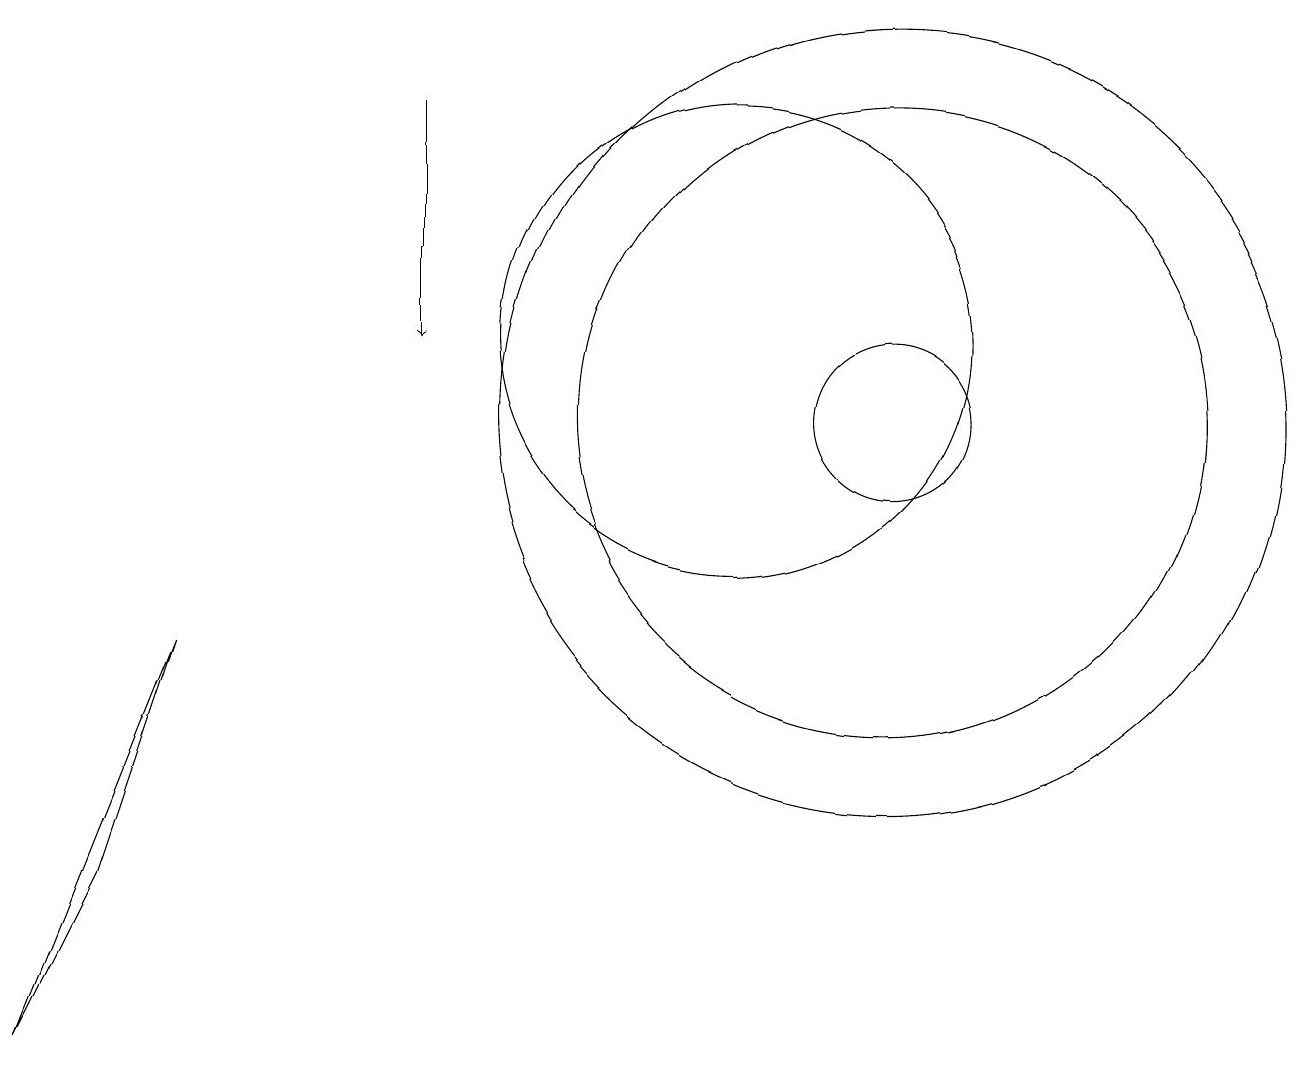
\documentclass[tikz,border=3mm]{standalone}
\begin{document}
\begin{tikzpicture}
\draw (12,10) circle (1);
\draw (12,10) circle (5);
\draw (12,10) circle (4);
\draw (2,4) -- (3,7) -- (1,2) -- cycle;
\draw[->] (6,14) -- (6,11);
\draw (10,11) circle (3);
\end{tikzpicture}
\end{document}